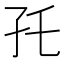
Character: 𰌝